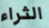
الثراء